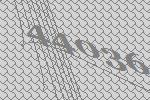
44036